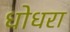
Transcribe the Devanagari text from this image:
धोधरा